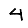
Digit: 4